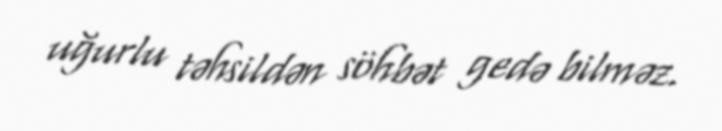
uğurlu təhsildən söhbət gedə bilməz.